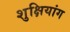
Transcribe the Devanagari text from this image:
शुक्षियांग